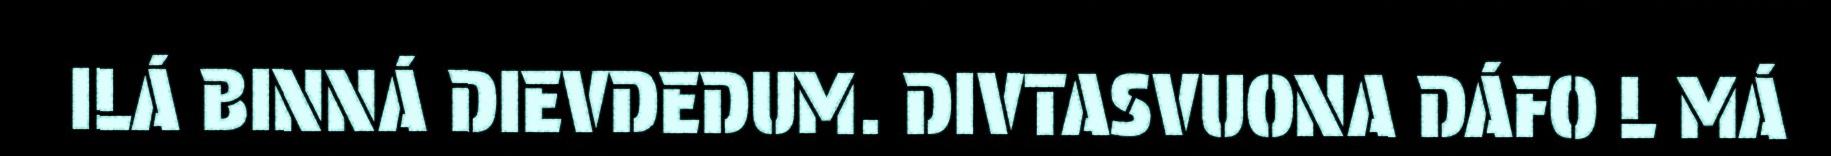
ILÁ BINNÁ DIEVDEDUM. DIVTASVUONA DÁFO L MÁ